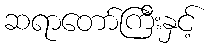
ဆရာတော်ကြီးနှင့်